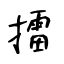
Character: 擂